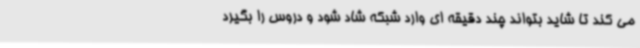
می کند تا شاید بتواند چند دقیقه ای وارد شبکه شاد شود و دروس را بگیرد